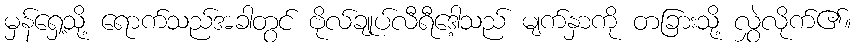
မှန်ရှေ့သို့ ရောက်သည်အခါတွင် ဗိုလ်ချုပ်လီရီဒေါ့သည် မျက်နှာကို တခြားသို့ လွှဲလိုက်၏။